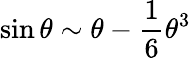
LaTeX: \sin\theta\sim\theta-\frac{1}{6}\theta^{3}